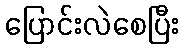
ပြောင်းလဲစေပြီး